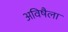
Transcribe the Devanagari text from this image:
अविषैला